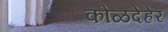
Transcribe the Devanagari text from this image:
कोळदेहेर